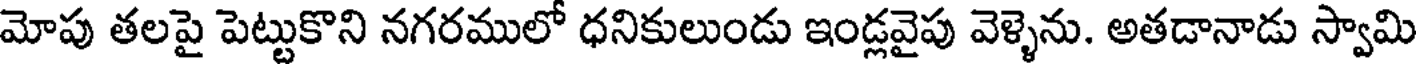
మోపు తలపై పెట్టుకొని నగరములో ధనికులుండు ఇండ్లవైపు వెళ్ళెను. అతడానాడు స్వామి